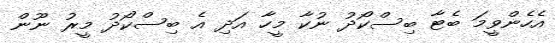
އެހެންވީމަ ބެޓާ ބިސްކޯދު ނުކާ މީހާ އަދި އެ ބިސްކޯދު މީރު ނޫން